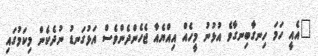
"އެއީ ހަމަ ހިނގާބިނގާވެ އުޅުނު މީހެއް އިއްޔެއާ ޖެހެންދެންވެސް އަޅުގަނޑު ނުދެކެން މިކަމުގައި